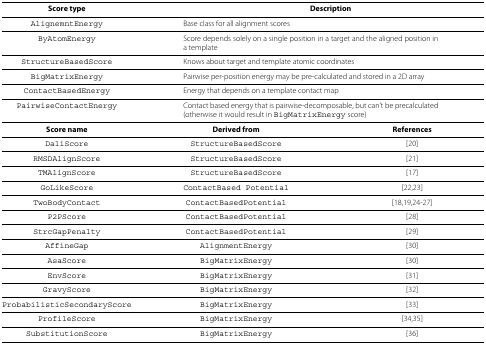
<table><thead><tr><td><b>Score type</b></td><td colspan="2"><b>Description</b></td></tr></thead><tbody><tr><td>AlignemntEnergy</td><td colspan="2">Base class for all alignment scores</td></tr><tr><td>ByAtomEnergy</td><td colspan="2">Score depends solely on a single position in a target and the aligned position in a template</td></tr><tr><td>StructureBasedScore</td><td colspan="2">Knows about target and template atomic coordinates</td></tr><tr><td>BigMatrixEnergy</td><td colspan="2">Pairwise per-position energy may be pre-calculated and stored in a 2D array</td></tr><tr><td>ContactBasedEnergy</td><td colspan="2">Energy that depends on a template contact map</td></tr><tr><td>PairwiseContactEnergy</td><td colspan="2">Contact based energy that is pairwise-decomposable, but can’t be precalculated (otherwise it would result in BigMatrixEnergy score)</td></tr><tr><td><b>Score name</b></td><td><b>Derived from</b></td><td><b>References</b></td></tr><tr><td>DaliScore</td><td>StructureBasedScore</td><td>[20]</td></tr><tr><td>RMSDAlignScore</td><td>StructureBasedScore</td><td>[21]</td></tr><tr><td>TMAlignScore</td><td>StructureBasedScore</td><td>[17]</td></tr><tr><td>GoLikeScore</td><td>ContactBased Potential</td><td>[22,23]</td></tr><tr><td>TwoBodyContact</td><td>ContactBasedPotential</td><td>[18,19,24-27]</td></tr><tr><td>P2PScore</td><td>ContactBasedPotential</td><td>[28]</td></tr><tr><td>StrcGapPenalty</td><td>ContactBasedPotential</td><td>[29]</td></tr><tr><td>AffineGap</td><td>AlignmentEnergy</td><td>[30]</td></tr><tr><td>AsaScore</td><td>BigMatrixEnergy</td><td>[30]</td></tr><tr><td>EnvScore</td><td>BigMatrixEnergy</td><td>[31]</td></tr><tr><td>GravyScore</td><td>BigMatrixEnergy</td><td>[32]</td></tr><tr><td>ProbabilisticSecondaryScore</td><td>BigMatrixEnergy</td><td>[33]</td></tr><tr><td>ProfileScore</td><td>BigMatrixEnergy</td><td>[34,35]</td></tr><tr><td>SubstitutionScore</td><td>BigMatrixEnergy</td><td>[36]</td></tr></tbody></table>